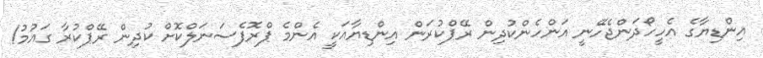
އިންޑިޔާގެ އެހީހޯދަންޖެހޭނީ އަންހެންކުދިން ރޭޕްކުރަން އިންޑިޔާއަކީ އެންމެ ޕްރޮފެސަނަލްކޮށް ކުދިން ރޭޕްކުރާ ގައުމު!